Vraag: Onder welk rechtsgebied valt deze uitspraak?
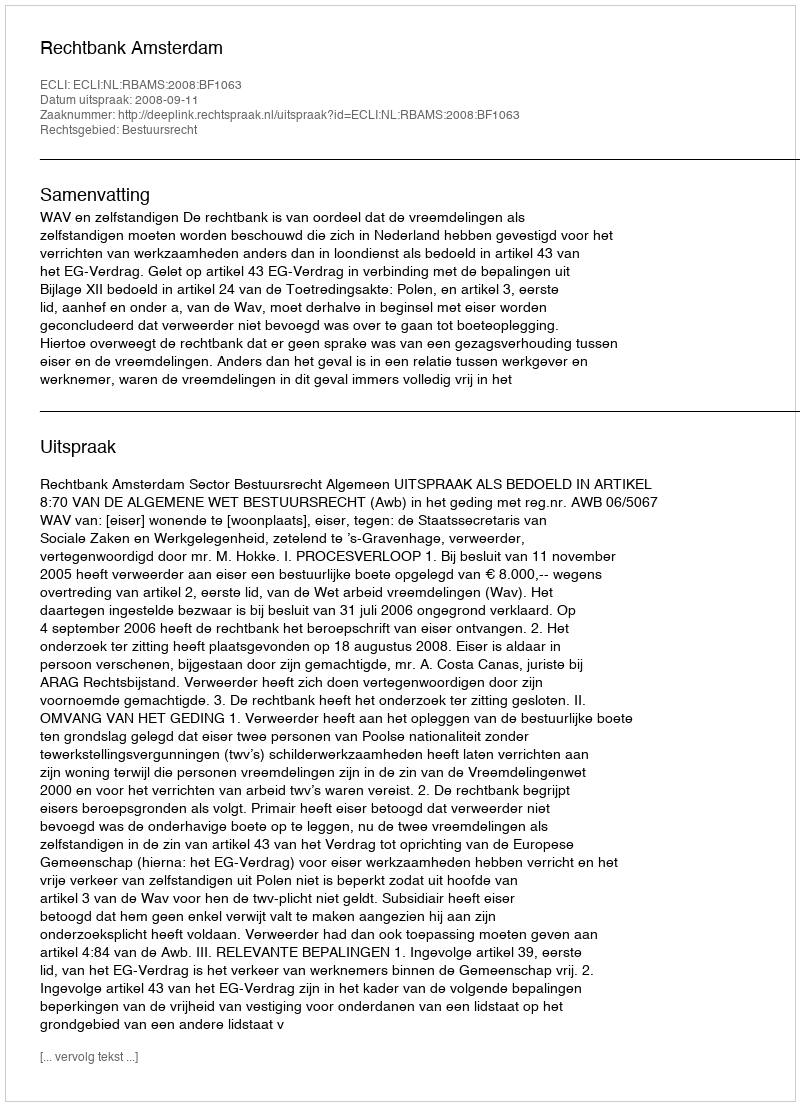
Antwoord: Bestuursrecht